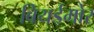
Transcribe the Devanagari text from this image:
बियर्डमोर